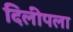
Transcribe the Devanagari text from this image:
दिलीपला